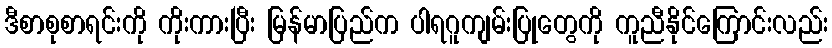
ဒီစာစုစာရင်းကို ကိုးကားပြီး မြန်မာပြည်က ပါရဂူကျမ်းပြုတွေကို ကူညီနိုင်ကြောင်းလည်း